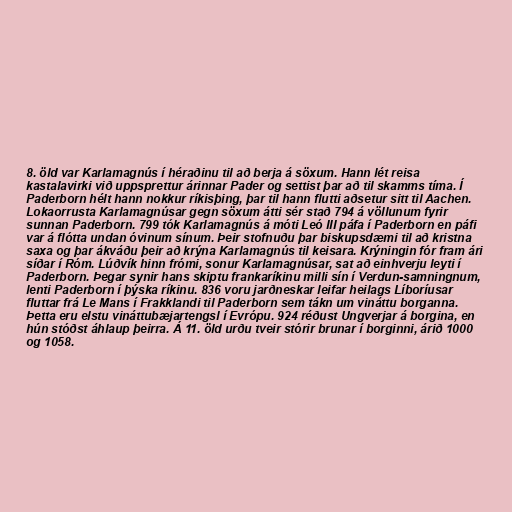
8. öld var Karlamagnús í héraðinu til að berja á söxum. Hann lét reisa
kastalavirki við uppsprettur árinnar Pader og settist þar að til skamms tíma. Í
Paderborn hélt hann nokkur ríkisþing, þar til hann flutti aðsetur sitt til Aachen.
Lokaorrusta Karlamagnúsar gegn söxum átti sér stað 794 á völlunum fyrir
sunnan Paderborn. 799 tók Karlamagnús á móti Leó III páfa í Paderborn en páfi
var á flótta undan óvinum sínum. Þeir stofnuðu þar biskupsdæmi til að kristna
saxa og þar ákváðu þeir að krýna Karlamagnús til keisara. Krýningin fór fram ári
síðar í Róm. Lúðvík hinn frómi, sonur Karlamagnúsar, sat að einhverju leyti í
Paderborn. Þegar synir hans skiptu frankaríkinu milli sín í Verdun-samningnum,
lenti Paderborn í þýska ríkinu. 836 voru jarðneskar leifar heilags Líboríusar
fluttar frá Le Mans í Frakklandi til Paderborn sem tákn um vináttu borganna.
Þetta eru elstu vináttubæjartengsl í Evrópu. 924 réðust Ungverjar á borgina, en
hún stóðst áhlaup þeirra. Á 11. öld urðu tveir stórir brunar í borginni, árið 1000
og 1058.